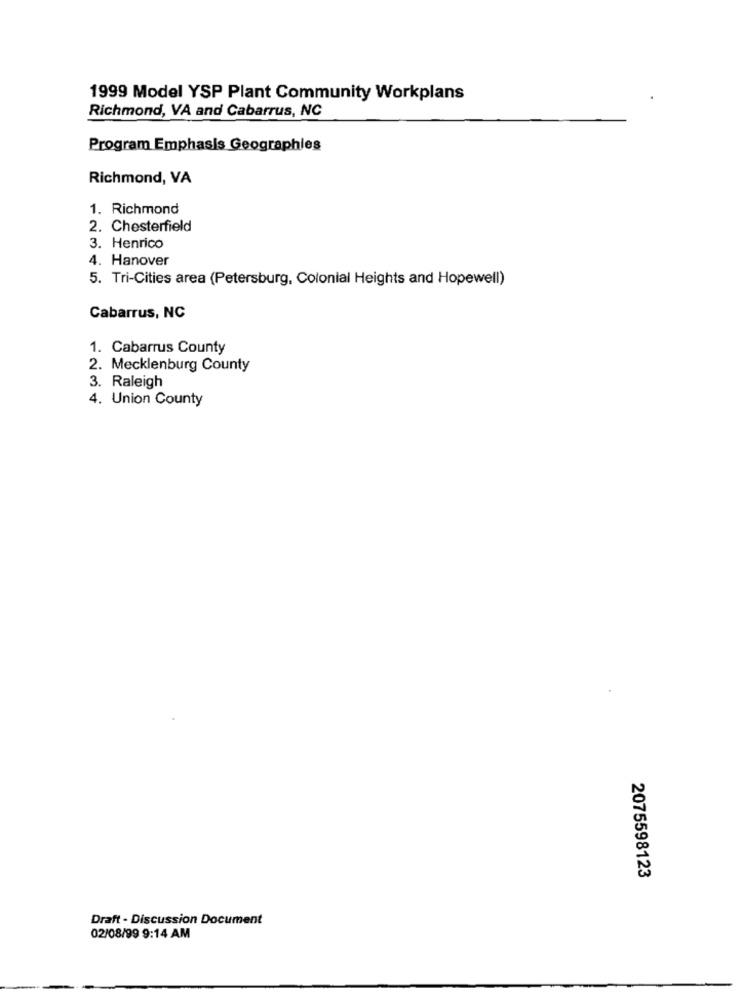
1999 Model YSP Plant Community Workplans
Richmond, VA and Cabarrus, NC
Program Emphasis Geographies
Richmond, VA
1. Richmond
2. Chesterfield
3. Henrico
4. Hanover
5. Tri-Cities area (Petersburg, Colonial Heights and Hopewell)
Cabarrus, NC
1. Cabarrus County
2. Mecklenburg County
3. Raleigh
4. Union County
2075598123
Draft - Discussion Document
02/08/99 9:14 AM